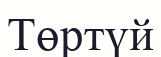
Төртүй